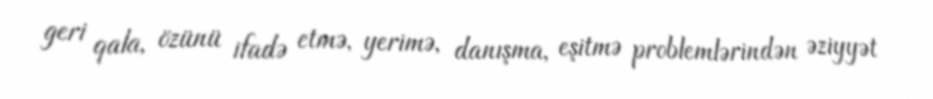
geri qala, özünü ifadə etmə, yerimə, danışma, eşitmə problemlərindən əziyyət